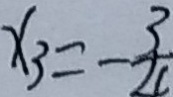
x _ { 3 } = - \frac { 3 } { 2 c }